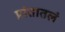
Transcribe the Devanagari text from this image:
प्रांतातलं